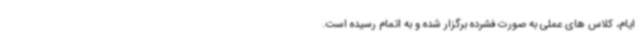
ایام، کلاس های عملی به صورت فشرده برگزار شده و به اتمام رسیده است.